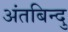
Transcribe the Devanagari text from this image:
अंतबिन्दु